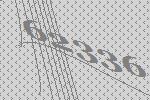
62336